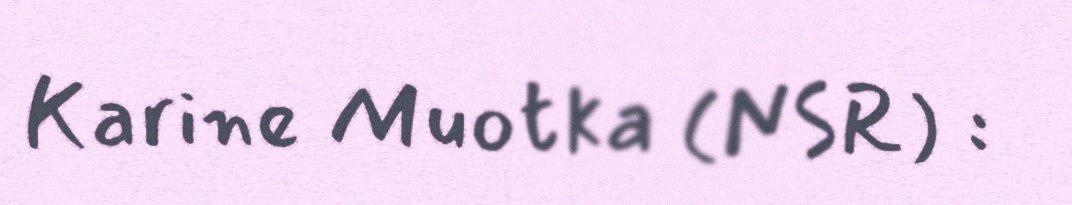
Karine Muotka (NSR) :